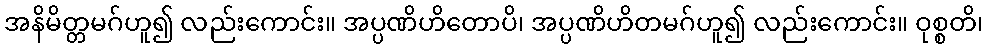
အနိမိတ္တမဂ်ဟူ၍ လည်းကောင်း။ အပ္ပဏိဟိတောပိ၊ အပ္ပဏိဟိတမဂ်ဟူ၍ လည်းကောင်း။ ဝုစ္စတိ၊